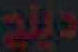
ديلي